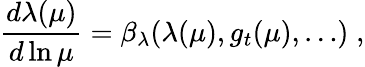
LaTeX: \frac{d\lambda(\mu)}{d\ln\mu}=\beta_{\lambda}(\lambda(\mu),g_{t}(\mu),\dots)\; ,